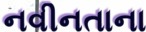
નવીનતાના